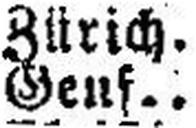
Genf